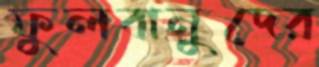
ফুলবানুদের